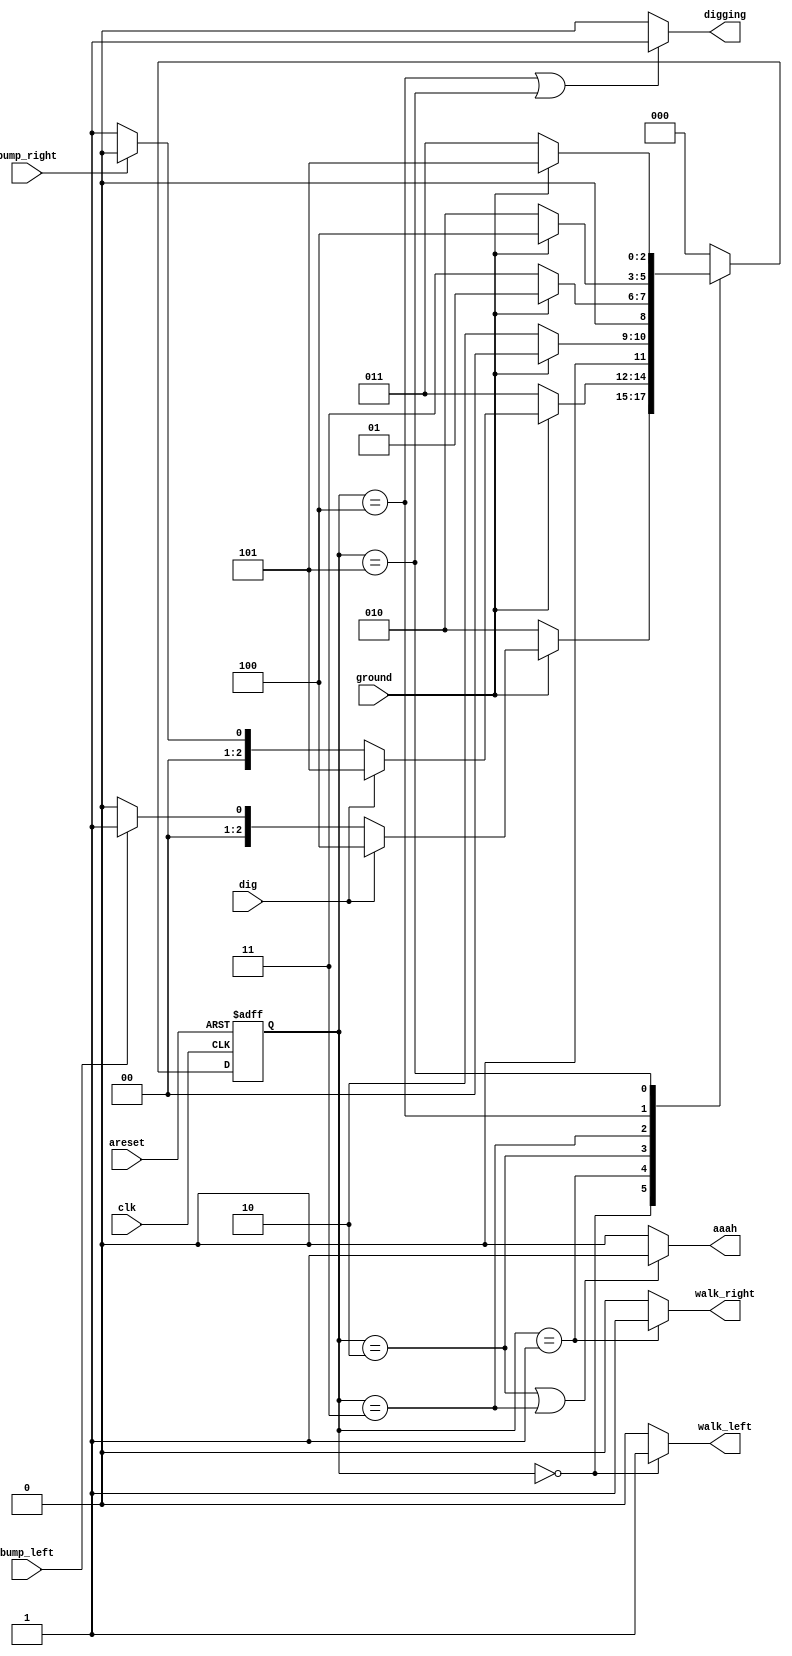
module top_module(
    input clk,
    input areset,    // Freshly brainwashed Lemmings walk left.
    input bump_left,
    input bump_right,
    input ground,
    input dig,
    output walk_left,
    output walk_right,
    output aaah,
    output digging ); 
    parameter LEFT=3'd0, RIGHT=3'd1, GROUND_LEFT=3'd2,  GROUND_RIGHT=3'd3, DIG_LEFT=3'd4, DIG_RIGHT=3'd5;
    reg [2:0] state,next_state;
    always@(posedge clk or posedge areset)
        begin
            if(areset) state<=LEFT;
            else state<=next_state;
        end
    always@(*)
        begin
            case(state)
                3'd0: begin next_state<=(!ground)?GROUND_LEFT:(dig?DIG_LEFT:(bump_left?RIGHT:LEFT));end
                3'd1: begin next_state<=(!ground)?GROUND_RIGHT:(dig?DIG_RIGHT:(bump_right?LEFT:RIGHT)); end
                3'd2:next_state<=ground?LEFT:GROUND_LEFT;
                3'd3:next_state<=ground?RIGHT:GROUND_RIGHT;
                3'd4:next_state<=(!ground)?GROUND_LEFT:DIG_LEFT;
                3'd5:next_state<=(!ground)?GROUND_RIGHT:DIG_RIGHT;
                default:next_state<=LEFT;
            endcase
        end
    assign walk_left = (state == LEFT)?1'b1:1'b0;
    assign walk_right = (state == RIGHT)?1'b1:1'b0;
    assign aaah = ((state == GROUND_LEFT) || (state == GROUND_RIGHT))?1'b1:1'b0;
    assign digging = ((state == DIG_LEFT) || (state == DIG_RIGHT))?1'b1:1'b0;
endmodule